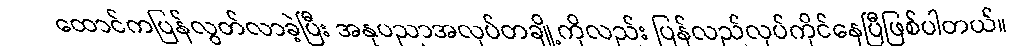
ထောင်ကပြန်လွတ်လာခဲ့ပြီး အနုပညာအလုပ်တချို့ကိုလည်း ပြန်လည်လုပ်ကိုင်နေပြီဖြစ်ပါတယ်။